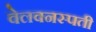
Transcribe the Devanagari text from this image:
वेलवनस्पती